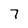
Character: 7